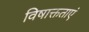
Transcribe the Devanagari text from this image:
विषाक्तताएं